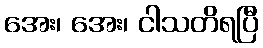
အေး၊ အေး၊ ငါသတိရပြီ